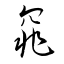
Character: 窕